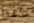
كندا